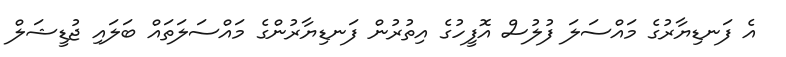
އެ ފަނޑިޔާރުުގެ މައްސަލަ ފުލުސް އޮފީހުގެ އިތުރުން ފަނޑިޔާރުންގެ މައްސަލަތައް ބަލައި ޖުޑީޝަލް